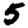
Digit: 5